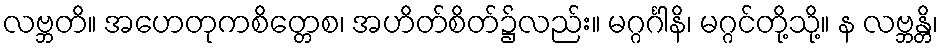
လဗ္ဘတိ။ အဟေတုကစိတ္တေစ၊ အဟိတ်စိတ်၌လည်း။ မဂ္ဂင်္ဂါနိ၊ မဂ္ဂင်တို့သို့။ န လဗ္ဘန္တိ၊